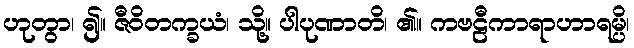
ဟုတွာ၊ ၍။ ဇီဝိတက္ခယံ၊ သို့။ ပါပုဏာတိ၊ ၏။ ကဗဠီကာရာဟာရမ္ပိ၊